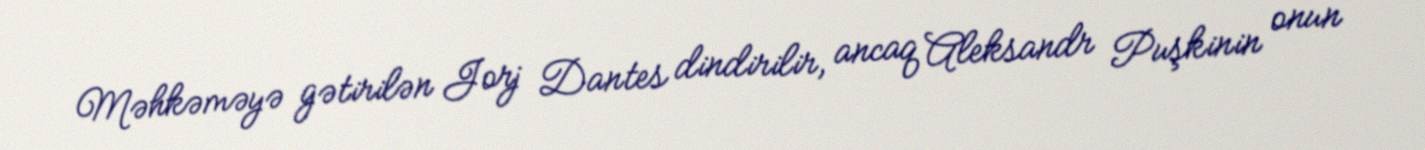
Məhkəməyə gətirilən Jorj Dantes dindirilir, ancaq Aleksandr Puşkinin onun